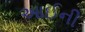
આઈની